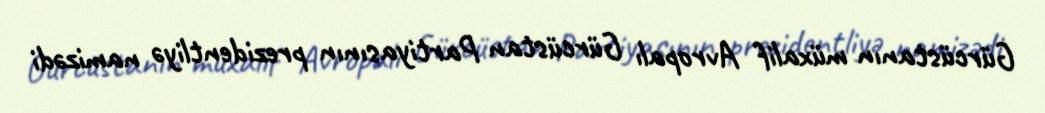
Gürcüstanın müxalif Avropalı Gürcüstan Partiyasının prezidentliyə namizədi